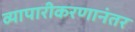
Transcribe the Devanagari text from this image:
व्यापारीकरणानंतर